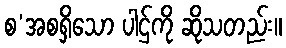
စ’အစရှိသော ပါဌ်ကို ဆိုသတည်း။